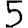
Digit: 5